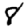
Digit: 8